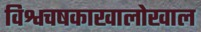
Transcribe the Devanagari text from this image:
विश्वचषकाखालोखाल